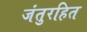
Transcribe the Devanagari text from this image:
जंतुरहित